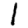
Digit: 1